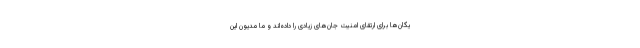
یگان‌ها برای ارتقای امنیت جان‌های زیادی را داده‌اند و ما مدیون این